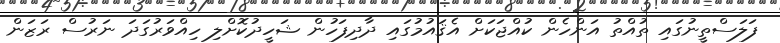
ފަލަސްތީނުގައި ތުއްތު އަންހެން ކުއްޖަކަށް އެޤައުމުގައި ދާދިފަހުން ޝަހީދުކޮށްލި ހިއްވަރުގަދަ ނަރުސް ރަޒަން